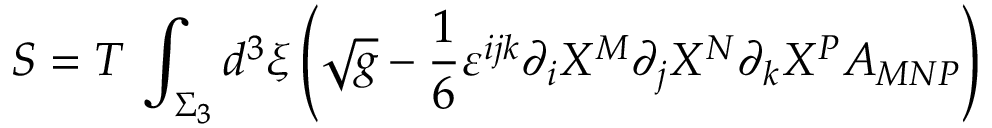
S = T \, \int _ { \Sigma _ { 3 } } d ^ { 3 } \xi \left( \sqrt { g } - \frac { 1 } { 6 } \varepsilon ^ { i j k } \partial _ { i } X ^ { M } \partial _ { j } X ^ { N } \partial _ { k } X ^ { P } A _ { M N P } \right)